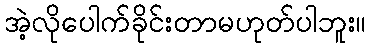
အဲ့လိုပေါက်ခိုင်းတာမဟုတ်ပါဘူး။